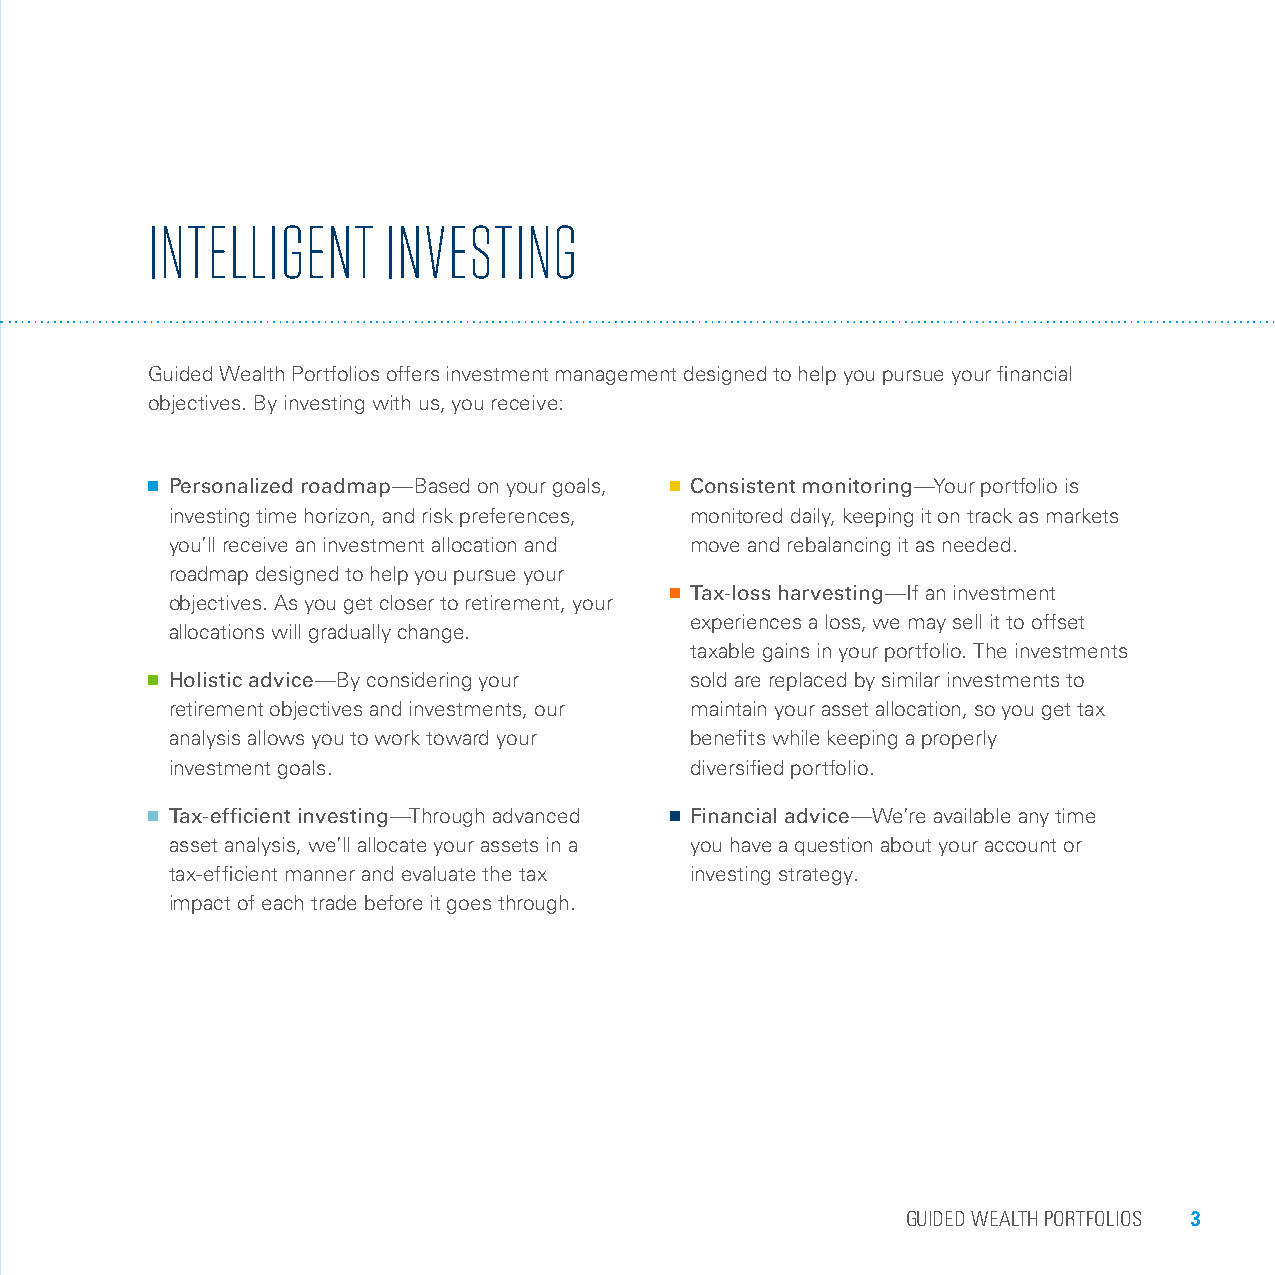
INTELLIGENT     INVESTING
 Guided Wealth Portfolios offers investment management designed to help you pursue your financial
 objectives. By investing with us, you receive:
 P ersonalized roadmap—Based on your goals, C onsistent monitoring—Your portfolio is
 investing time horizon, and risk preferences, monitored daily, keeping it on track as markets
 you’ll receive an investment allocation and move and rebalancing it as needed.
 roadmap designed to help you pursue your
 Tax-loss harvesting—If an investment
 objectives. As you get closer to retirement, your
 experiences a loss, we may sell it to offset
 allocations will gradually change.
 taxable gains in your portfolio. The investments
  H olistic advice—By considering your sold are replaced by similar investments to
 retirement objectives and investments, our maintain your asset allocation, so you get tax
 analysis allows you to work toward your benefits while keeping a properly
 investment goals.                  diversified portfolio.
 T ax-efficient investing—Through advanced Financial advice—We’re available any time
 asset analysis, we’ll allocate your assets in a you have a question about your account or
 tax-efficient manner and evaluate the tax investing strategy.
 impact of each trade before it goes through.
 GUIDED WEALTH PORTFOLIOS 3